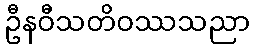
ဦနဝီသတိဝဿသညာ